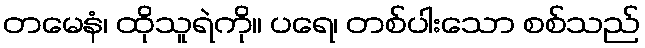
တမေနံ၊ ထိုသူရဲကို။ ပရေ၊ တစ်ပါးသော စစ်သည်